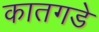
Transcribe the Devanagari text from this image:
कातगडे